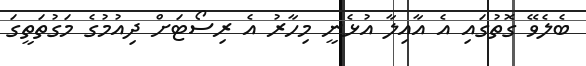
ބެލެވޭ ގޮތުގައި އެ އާއިލާ އުޅެނީ މިހާރު އެ ރިސޯޓަށް ދިއުމުގެ މަގުތަތީގަ